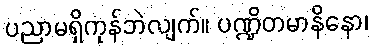
ပညာမရှိကုန်ဘဲလျက်။ ပဏ္ဍိတမာနိနော၊